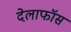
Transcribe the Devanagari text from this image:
देलाफॉस